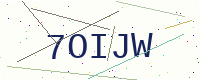
Text: 7OIJW